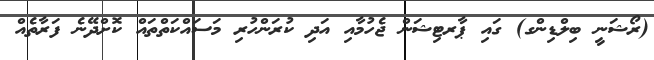
(ރޯޝަނީ ބިލްޑިންގ) ގައި ޕާރޓިޝަން ޖެހުމާއި އަދި ކުރަންހުރި މަސައްކަތްތައް ކޮށްދޭނެ ފަރާތެއް